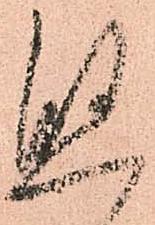
懸